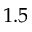
1 . 5